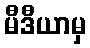
မီဒီယာမှ